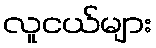
လူငယ်များ